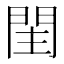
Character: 𨳳